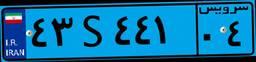
۴۳S۴۴۱۰۴